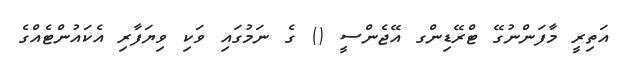
އަތިރީ މާފަންނުގޭ ޓްރޭޑިންގ އޭޖެންސީ () ގެ ނަމުގައި ވަކި ވިޔަފާރި އެކައުންޓެއްގެ